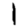
Digit: 1